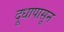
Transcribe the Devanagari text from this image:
दूधापासून